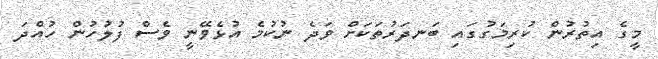
މީގެ އިތުރުން ކުރިމަގުގައި ބަނދަރުތަކަށް ވަދެ ނުކުމެ އުޅެވޭނީ ވެސް ފުލުހުން ހުއްދަ